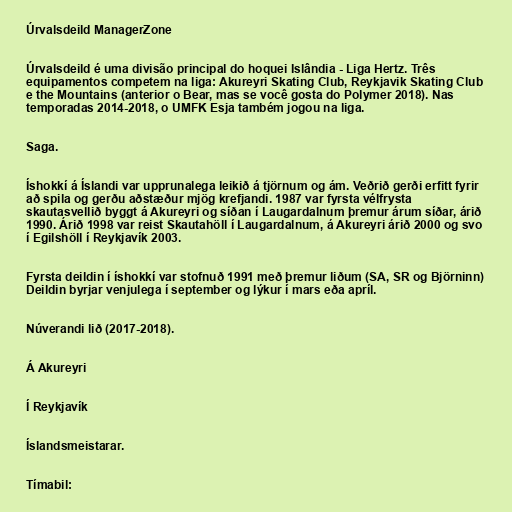
Úrvalsdeild ManagerZone

Úrvalsdeild é uma divisão principal do hoquei Islândia - Liga Hertz. Três
equipamentos competem na liga: Akureyri Skating Club, Reykjavik Skating Club
e the Mountains (anterior o Bear, mas se você gosta do Polymer 2018). Nas
temporadas 2014-2018, o UMFK Esja também jogou na liga.

Saga.

Íshokkí á Íslandi var upprunalega leikið á tjörnum og ám. Veðrið gerði erfitt fyrir
að spila og gerðu aðstæður mjög krefjandi. 1987 var fyrsta vélfrysta
skautasvellið byggt á Akureyri og síðan í Laugardalnum þremur árum síðar, árið
1990. Árið 1998 var reist Skautahöll í Laugardalnum, á Akureyri árið 2000 og svo
í Egilshöll í Reykjavík 2003.

Fyrsta deildin í íshokkí var stofnuð 1991 með þremur liðum (SA, SR og Björninn)
Deildin byrjar venjulega í september og lýkur í mars eða apríl.

Núverandi lið (2017-2018).

Á Akureyri

Í Reykjavík

Íslandsmeistarar.

Tímabil: